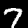
Label: 7